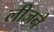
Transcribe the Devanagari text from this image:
लीजने